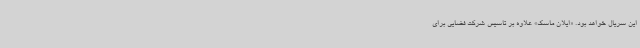
این سریال خواهد بود. «ایلان ماسک» علاوه بر تاسیس شرکت فضایی برای